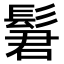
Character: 𫘿